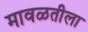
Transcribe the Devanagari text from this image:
मावळतीला